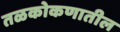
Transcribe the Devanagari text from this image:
तळकोकणातील